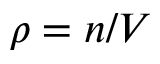
\rho = n / V